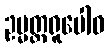
ဥမ္မတ္တရူပေါဝ